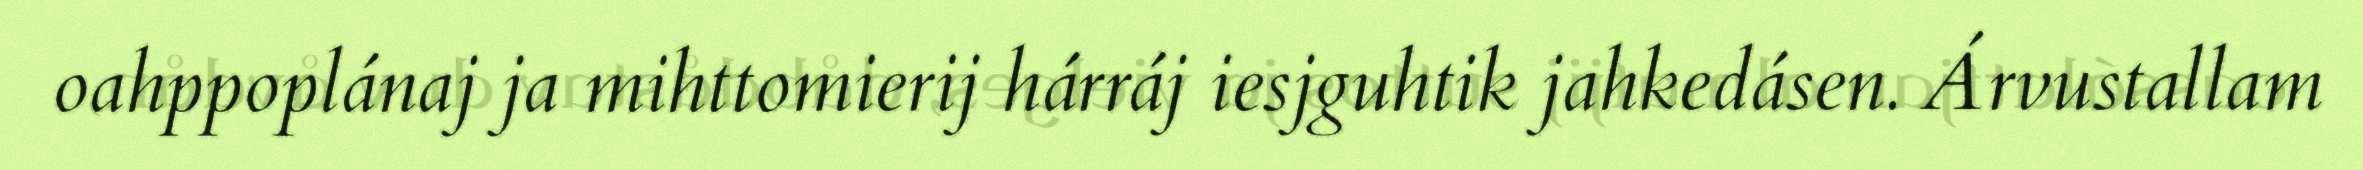
oahppoplánaj ja mihttomierij hárráj iesjguhtik jahkedásen. Árvustallam